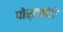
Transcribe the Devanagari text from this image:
पोर्टमंटो